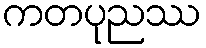
ကတပုညဿ